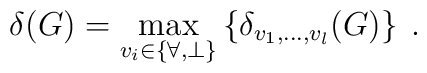
\delta (G) = \max_{v_i \in \{ \forall,\perp\}}       \left\{  \delta_{v_1,\ldots,v_l}(G) \right\} \: .